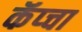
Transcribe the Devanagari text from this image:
कॅप्चा